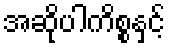
အဆိုပါကိစ္စနှင့်